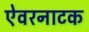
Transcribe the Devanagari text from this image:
ऐवरनाटक